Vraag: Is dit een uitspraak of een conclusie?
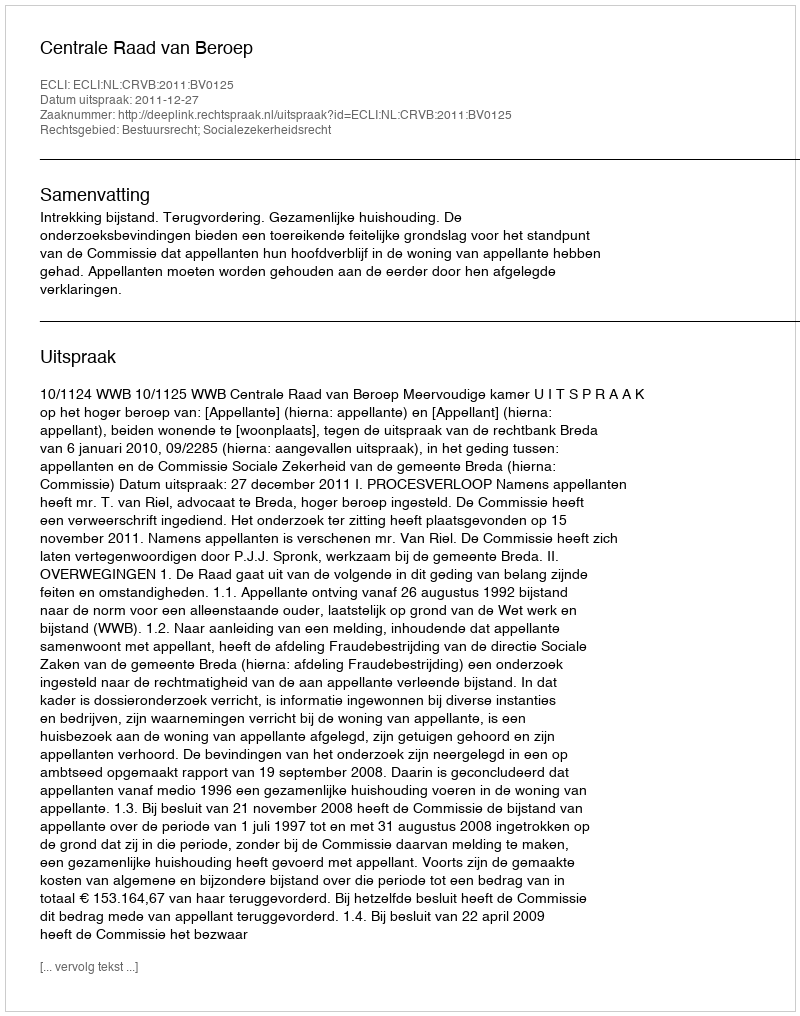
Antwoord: Uitspraak